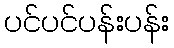
ပင်ပင်ပန်းပန်း